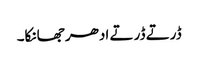
ڈرتے ڈرتے ادھر جھانکا۔